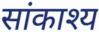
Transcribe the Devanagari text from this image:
सांकाश्य